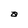
Character: a